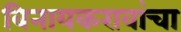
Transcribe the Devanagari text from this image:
विनायकरावांचा